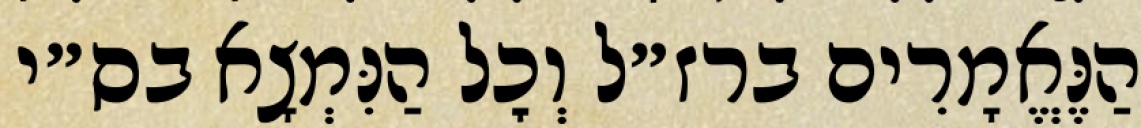
הַנֶּאֱמָרִים ברז״ל וְכׇל הַנִּמְצָא בס״י